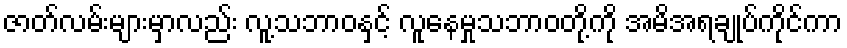
ဇာတ်လမ်းများမှာလည်း လူ့သဘာဝနှင့် လူနေမှုသဘာဝတို့ကို အမိအရချုပ်ကိုင်ကာ